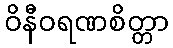
ဝိနီဝရဏစိတ္တာ